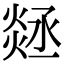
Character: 㷥